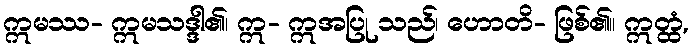
ဣမဿ- ဣမသဒ္ဒါ၏၊ ဣ- ဣအပြု သည်၊ ဟောတိ- ဖြစ်၏။ ဣတ္ထံ,